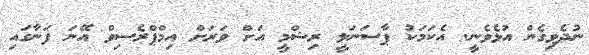
ނުދެވިގެން އުޅެވެނީ. އެކަމަކު ޕާސަނަލީ ރިޝްމީ އަށް ވަރަށް އިމްޕްރެސިވް އޭނަ ފަނާގައި